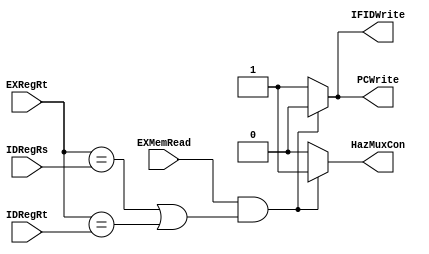
module hazard_unit
(   
    // Entradas al modulo
    input [4:0] IDRegRs,
    input [4:0] IDRegRt,
    input [4:0] EXRegRt,
    input EXMemRead,
    
    // Salidas del modulo
    output PCWrite, 
    output IFIDWrite,
    output HazMuxCon
);
 
 
 
 
 // Variables internas
 reg PCWrite, IFIDWrite, HazMuxCon;

 always@(IDRegRs,IDRegRt,EXRegRt,EXMemRead)
 if(EXMemRead &&((EXRegRt == IDRegRs)||(EXRegRt == IDRegRt)))
 begin//stall
	 PCWrite = 1'b0;
	 IFIDWrite = 1'b0;
	 HazMuxCon = 1'b1;
    $display("HAY RIESGO");
 end
 else
 begin//no stall
	 PCWrite = 1'b1;
	 IFIDWrite = 1'b1;
	 HazMuxCon = 1'b0;
	 $display("NO HAY RIESGO");
 end 

endmodule